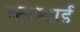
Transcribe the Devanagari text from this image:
कत्थाई